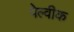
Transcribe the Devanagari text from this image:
पेल्वीक